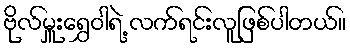
ဗိုလ်မှူးရွှေဝါရဲ့ လက်ရင်းလူဖြစ်ပါတယ်။